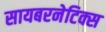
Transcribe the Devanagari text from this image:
सायबरनेटिक्स